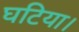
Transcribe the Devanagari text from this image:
घटिया।